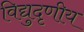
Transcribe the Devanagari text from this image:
विद्युदृणीय